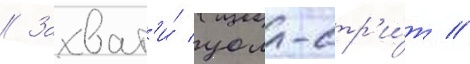
// Захват'и́ уолл-стр'и́т //